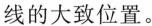
线的大致位置。